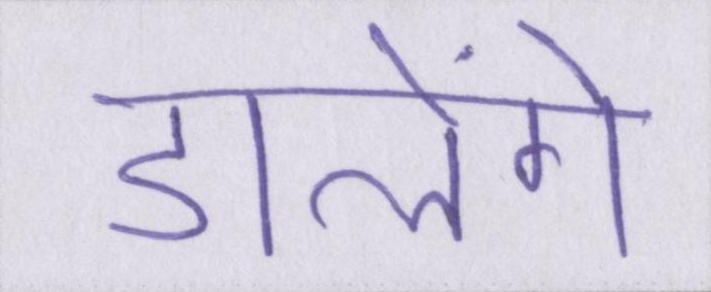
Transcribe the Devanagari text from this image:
डालेंगे